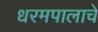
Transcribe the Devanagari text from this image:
धरमपालाचे